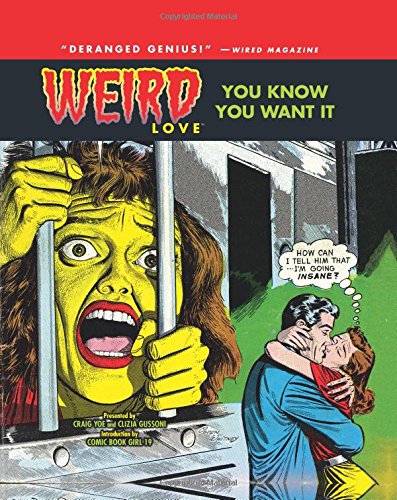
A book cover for Weird Love: You Know You Want It! (Volume 1) (Weird Love Hc); Various; Comics & Graphic Novels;